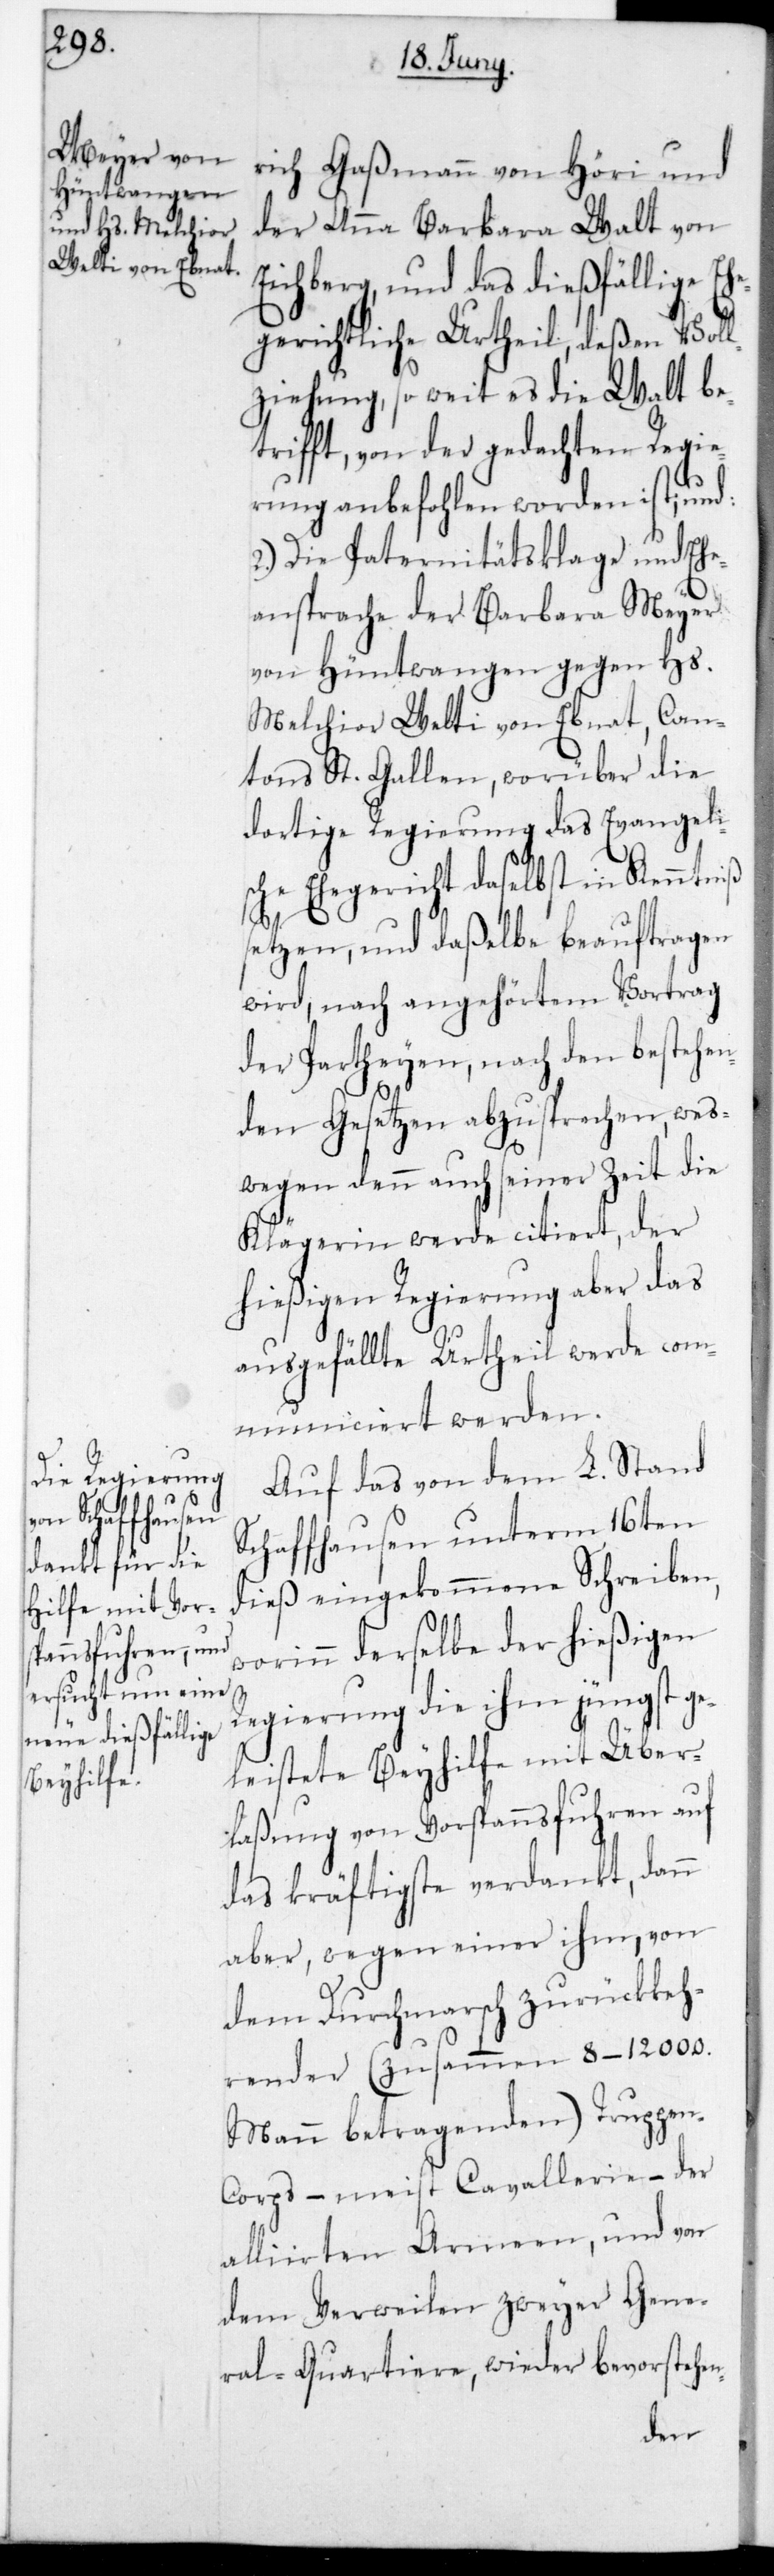
rich Gaßmann von Höri und
der Anna Barbara Walt von
Eichberg, und das dießfällige Eh¬
egerichtliche Urtheil, deßen Vol¬
lziehung, so weit es die Walt be¬
trifft, von der gedachten Regie¬
rung anbefohlen worden ist, und:
2.) Die Paternitätsklage und Ehe¬
ansprache der Barbara Meyer
von Hüntwangen gegen Hs.
Melchior Welti von Ebnat, Can¬
tons St. Gallen, worüber die
dortige Regierung das evangeli¬
sche Ehegericht daselbst in Kenntniß
setzen, und daßelbe beauftragen
wird, nach angehörtem Vortrag
der Partheyen, nach den bestehen¬
die
den Gesetzen abzusprechen, wes¬
Klägerin werde citiert, der
hießigen Regierung aber das
ausgefällte Urtheil werde com¬
municiert werden.
Auf das von dem L. Stand
Schaffhausen unterm 16ten
dieß eingekommene Schreiben,
worinn derselbe der hießigen
Regierung die ihm jüngst ge¬
leistete Beyhilfe mit Über¬
laßung von Vorspannsfuhren auf
das kräftigste verdankt, dann
aber wegen einer ihm, von
dem Durchmarsch zurückkeh¬
render (zusammen 8-12 000.
Mann betragenden) Truppen¬
corps – meist Cavallerie – der
alliirten Armeen, und von
dem Verweilen zweier Gene¬
ral-Quartiere, wieder bevorstehen-
denn